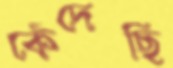
কেঁদেছি